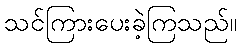
သင်ကြားပေးခဲ့ကြသည်။